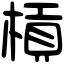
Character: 槓